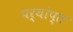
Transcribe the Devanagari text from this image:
पर्यांप्त